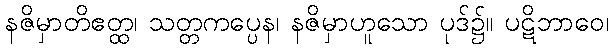
နဇိမှာတိဧတ္ထ၊ သတ္တကပ္ပေန၊ နဇိမှာဟူသော ပုဒ်၌။ ပဋိဘာဝေ၊